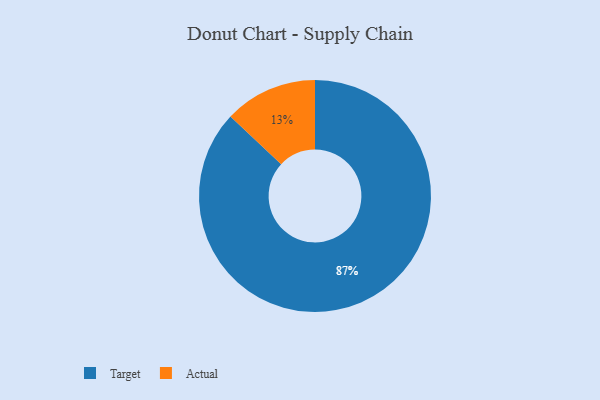
{"axis": {"x": "Category", "y": "Percentage"}, "legend": ["Actual", "Target"], "data": [{"x": "Actual", "y": 13, "type": "Actual"}, {"x": "Target", "y": 87, "type": "Target"}]}